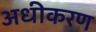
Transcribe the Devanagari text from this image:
अधीकरण